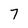
Character: 7